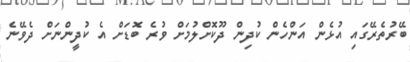
ބޭރުތެރޭގައި އުޅެން އަންހެން ކުދިން ދޫކޮށްލުމަށް ވުރެ ބޮޑަށް އެ ކުދީންނަށް ދެވޭނެ